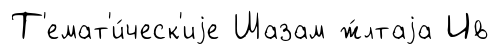
Т'емат'и́ческ'иjе Шазам ж́лтаjа Ив